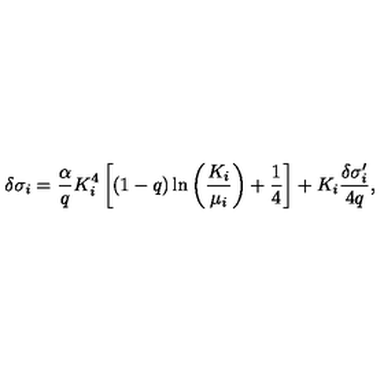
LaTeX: \delta \sigma _ { i } = { \frac { \alpha } { q } } K _ { i } ^ { 4 } \left[ ( 1 - q ) \ln \left( { \frac { K _ { i } } { \mu _ { i } } } \right) + { \frac { 1 } { 4 } } \right] + K _ { i } { \frac { \delta \sigma _ { i } ^ { \prime } } { 4 q } } ,